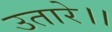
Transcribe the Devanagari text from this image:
उतारे।।